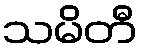
သမိတီ